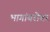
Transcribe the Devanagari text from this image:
भागांबरोबर